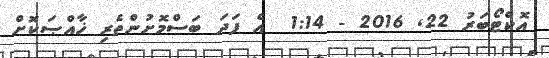
އޮކްޓޯބަރު 22